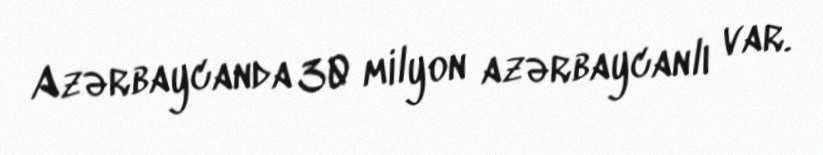
Azərbaycanda 30 milyon azərbaycanlı var.